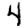
Digit: 4